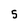
Character: 5